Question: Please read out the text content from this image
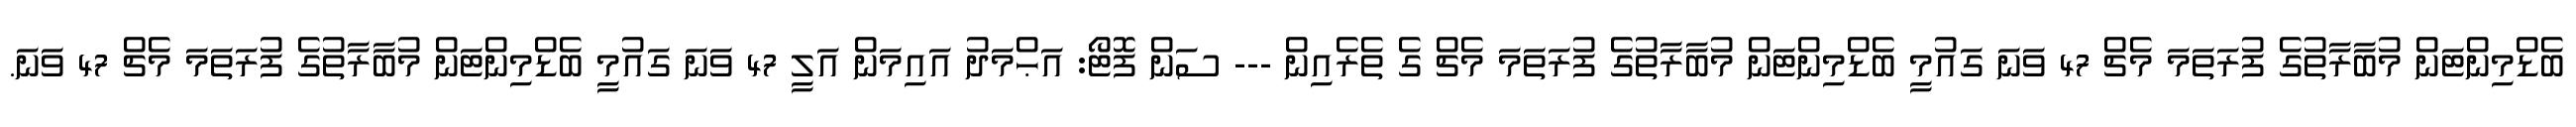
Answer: ބެޑްމިންޓަން މުބާރާތުގެ ފުރަތަމަ މެޗް 47 ވަނަ ގައުމީ ބެޑްމިންޓަން މުބާރާތުގެ ފުރަތަމަ މެޗް ގެ ތެރެއިން --- ސަން ފޮޓޯ: އަޙްމަދު އައިމަން އަލީ 47 ވަނަ ގައުމީ ބެޑްމިންޓަން މުބާރާތުގެ ފުރަތަމަ މެޗް 47 ވަނަ.